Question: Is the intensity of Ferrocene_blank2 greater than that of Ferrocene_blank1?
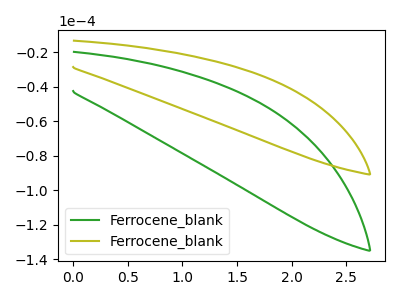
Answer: <think>The green curve "Ferrocene_blank1" has no peaks. The olive curve "Ferrocene_blank2" has no peaks.
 Neither "Ferrocene_blank2" or "Ferrocene_blank1" have any peaks.</think>
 <answer>I cant tell if "Ferrocene_blank2" or "Ferrocene_blank1" has more signal.</answer>
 <eval>mixed_signal</eval>